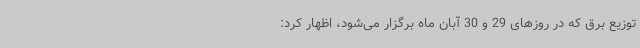
توزیع برق که در روزهای 29 و 30 آبان ماه برگزار می‌شود، اظهار کرد: